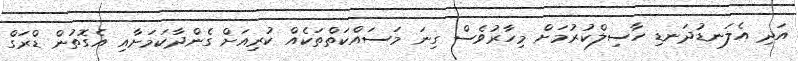
އަދި އެލަނޑުދަނޑި ހާސިލްކުރުމަށް މިހާރުވެސް ގިނަ މަސައްކަތްތަކެއް ކުރިއަށް ގެންދާކަމަށާއި އެގޮތުން ޑްރަގް